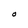
Character: O